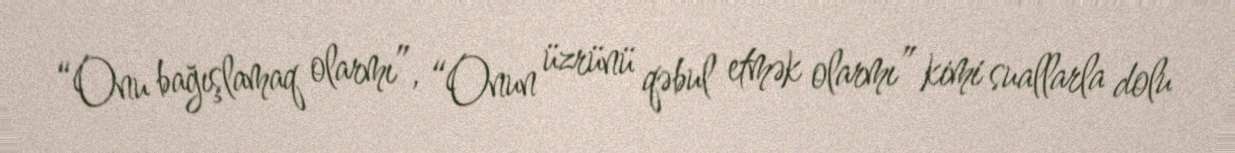
“Onu bağışlamaq olarmı”, “Onun üzrünü qəbul etmək olarmı” kimi suallarla dolu